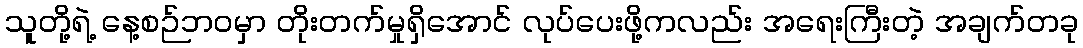
သူတို့ရဲ့ နေ့စဉ်ဘဝမှာ တိုးတက်မှုရှိအောင် လုပ်ပေးဖို့ကလည်း အရေးကြီးတဲ့ အချက်တခု